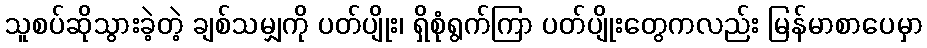
သူစပ်ဆိုသွားခဲ့တဲ့ ချစ်သမျှကို ပတ်ပျိုး၊ ရှိစုံရွက်ကြာ ပတ်ပျိုးတွေကလည်း မြန်မာစာပေမှာ